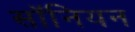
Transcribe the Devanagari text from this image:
सॉनियन